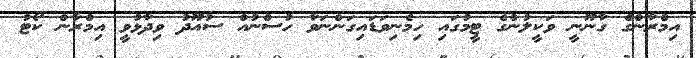
އިމްރާންގެ ގާނޫނީ ވަކީލުންގެ ޓީމުގައި ހިމެނިވަޑައިގަންނަވާ ހުސްނުއް ސުއޫދު ވިދާޅުވީ އިމްރާން ކޯޓު